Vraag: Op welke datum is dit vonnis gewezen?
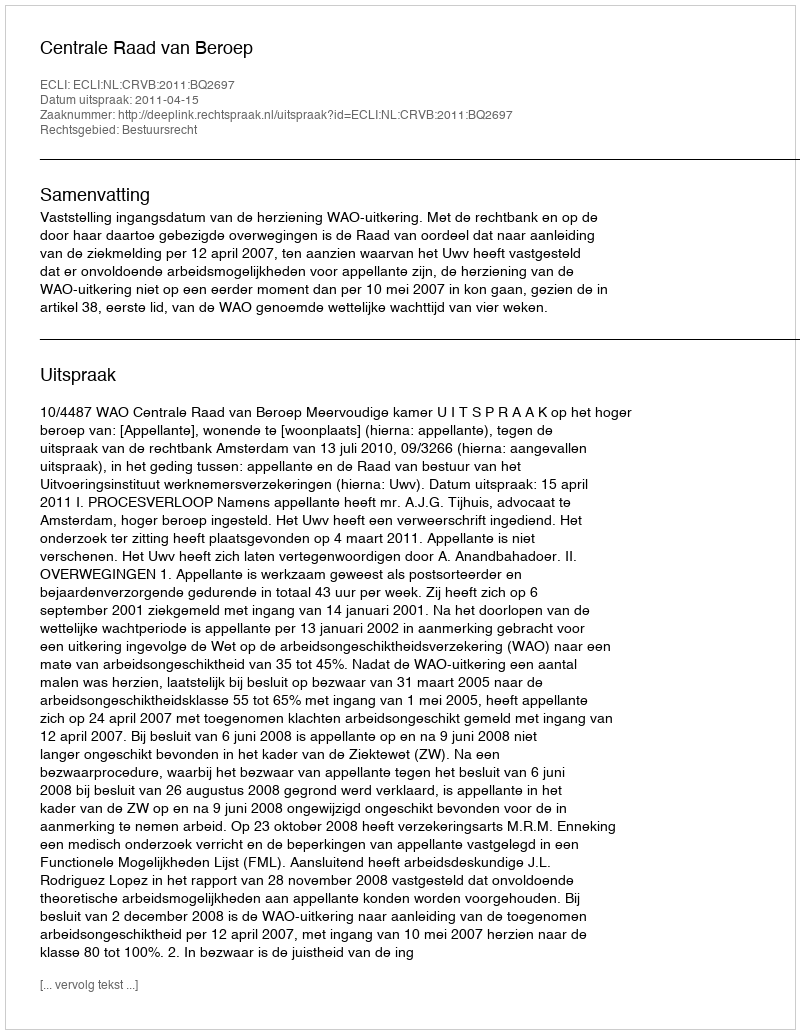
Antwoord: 2011-04-15